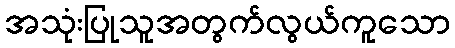
အသုံးပြုသူအတွက်လွယ်ကူသော